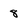
Character: 8